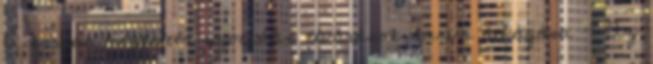
A kornak megfelelő szociális elvárások durva áthágása - Az